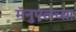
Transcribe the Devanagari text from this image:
मॅनुएलच्या